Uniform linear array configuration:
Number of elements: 4
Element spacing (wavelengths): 1
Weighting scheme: hamming
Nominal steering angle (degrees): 45
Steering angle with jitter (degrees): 45.764
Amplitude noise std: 0.05
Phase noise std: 0.05

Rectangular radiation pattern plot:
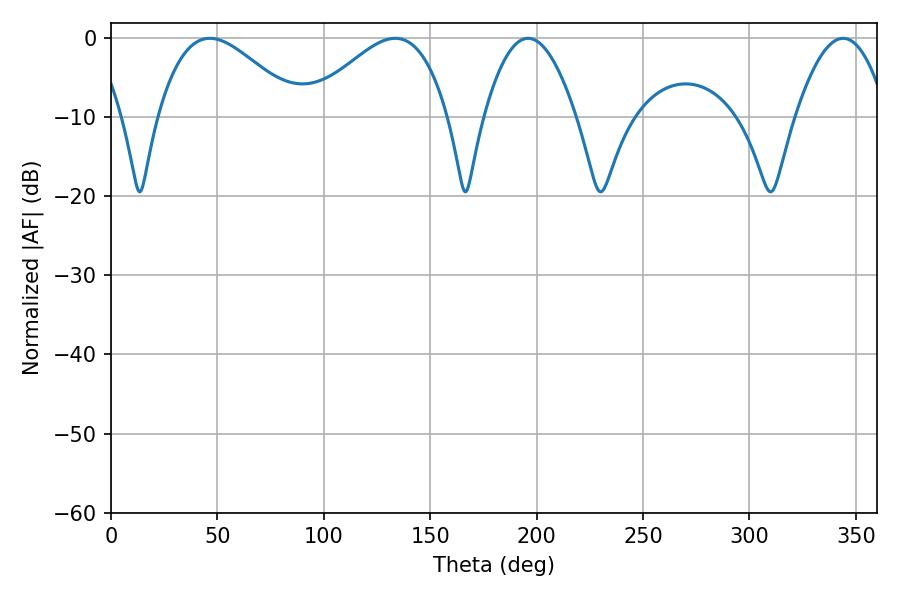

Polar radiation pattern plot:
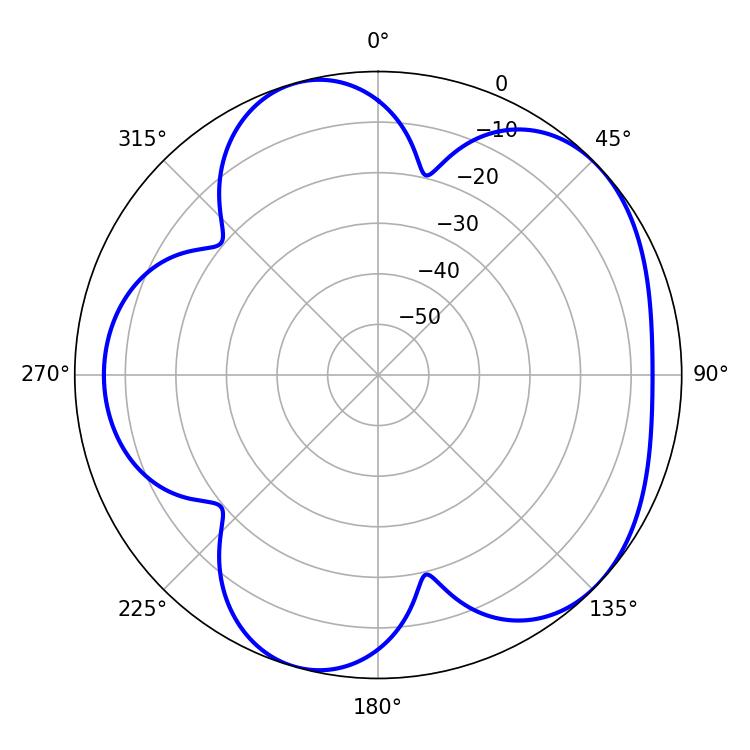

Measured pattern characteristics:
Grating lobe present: TRUE
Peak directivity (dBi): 5.131
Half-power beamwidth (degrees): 35.46
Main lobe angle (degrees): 46.44